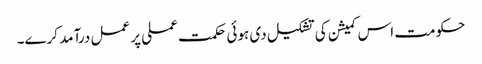
حکومت اس کمیشن کی تشکیل دی ہوئی حکمت عملی پر عمل درآمد کرے۔